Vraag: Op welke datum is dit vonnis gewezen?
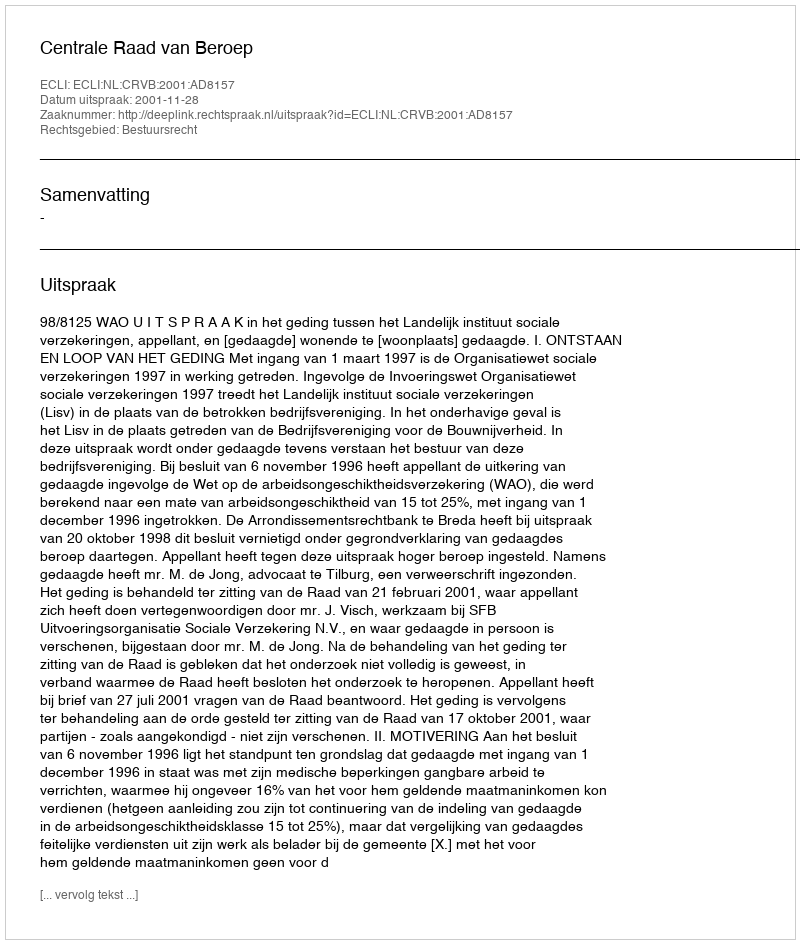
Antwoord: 2001-11-28